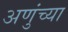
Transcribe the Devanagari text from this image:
अणुंच्या